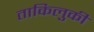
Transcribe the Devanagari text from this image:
ताकिलुकी